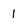
Character: 1